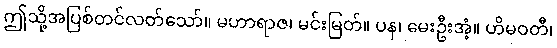
ဤသို့အပြစ်တင်လတ်သော်။ မဟာရာဇ၊ မင်းမြတ်။ ပန၊ မေးဦးအံ့။ ဟိမဝတီ၊